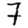
Digit: 7